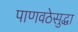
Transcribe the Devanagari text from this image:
पाणवठेसुद्धा